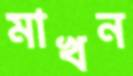
মাখন